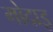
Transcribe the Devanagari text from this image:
मोदाइ